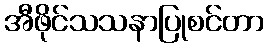
အီဖိုင်သသနာပြုစင်တာ